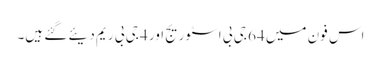
اس فون میں 64 جی بی اسٹوریج اور 4 جی بی ریم دیئے گئے ہیں۔